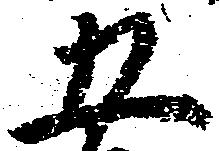
五